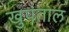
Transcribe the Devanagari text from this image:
खुपंताल